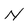
Character: N